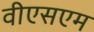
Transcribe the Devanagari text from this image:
वीएसएम